Report of the Hyderabad Chloroform Commission
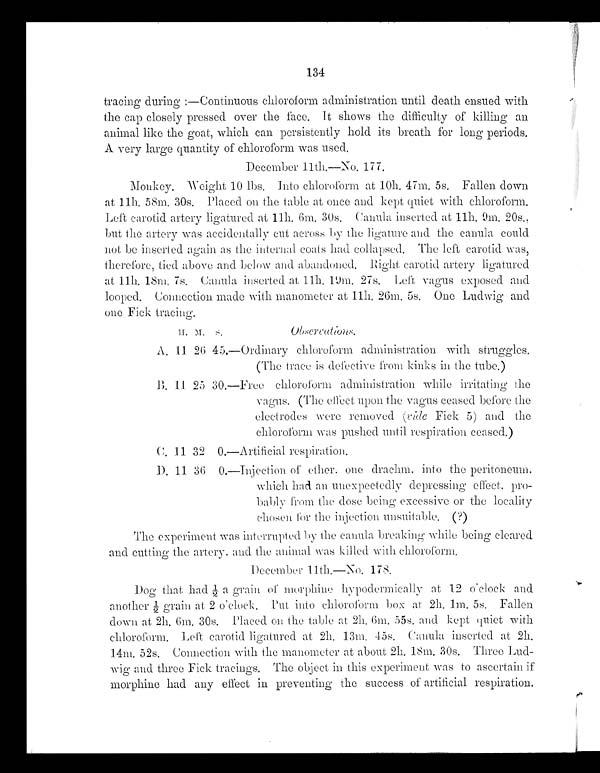
134
tracing during :—Continuous chloroform administration until death ensued with
the cap closely pressed over the face. It shows the difficulty of killing an
animal like the goat, which can persistently hold its breath for long periods.
A very large quantity of chloroform was used.
December 11th.—No. 177.
Monkey. Weight 10 lbs. Into chloroform at 10h. 47m. 5s. Fallen down
at 11h. 58m. 30s. Placed on the table at once and kept quiet with chloroform.
Left carotid artery ligatured at 11h, 6m. 30s. Canula inserted at 11h. 9m. 20s.,
but the artery was accidentally cut across by the ligature and the canula could
not be inserted again as the internal coats had collapsed. The left carotid was,
therefore, tied above and below and abandoned. Right carotid artery ligatured
at 11h. 18m. 7s. Canula inserted at 11h. 19m. 27s. Left vagus exposed and
looped. Connection made with manometer at 11h. 26m. 5s. One Ludwig and
one Fick tracing.
Observations.
H. M. S.
A. 11 26 45.—Ordinary chloroform administration with struggles.
(The trace is defective from kinks in the tube.)
B. 11. 25 30.—Free chloroform administration while irritating the
vagus. (The effect upon the vagus ceased before the
electrodes were removed (vide Fick 5) and the
chloroform was pushed until respiration ceased.)
C. 11 32 0.—Artificial respiration.
D. 11 36 0.—Injection of ether, one drachm, into the peritoneum.
which had an unexpectedly depressing effect, pro-
bably from the dose being excessive or the locality
chosen for the injection unsuitable. (?)
The experiment was interrupted by the canula breaking while being cleared
and cutting the artery, and the animal was killed with chloroform.
December 11th.—No. 178.
Do g t h a t h a d ½ a g r a i n o f mo r p h i n e h y p o d e r mi c a l l y a t 1 2 o ' c l o c k a n d
another ½g r a i n a t 2 o ' c l o c k . P u t i n t o c h l o r o f o r m b o x a t 2 h . 1 m . 5 s . F a l l e n
down at 2h. 6m. 30s. Placed on the table at 2h. 6m. 55s. and kept quiet with
chloroform. Left carotid ligatured at 2h. 13m. 45s. Canula inserted at 2h.
14m. 52s. Connection with the manometer at about 2h. 18m. 30s. Three Lud
- w i g a n d t h r e e F i c k t r a c i n g s . T h e o b j e c t i n t h i s e x p e r i m e n t w a s t o a s c e r t a i n i f
morphine had any effect in preventing the success of artificial respiration.